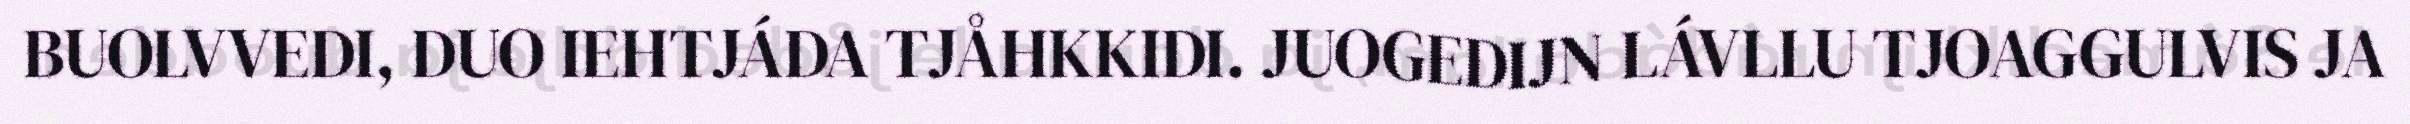
BUOLVVEDI, DUO IEHTJÁDA TJÅHKKIDI. JUOGEDIJN LÁVLLU TJOAGGULVIS JA